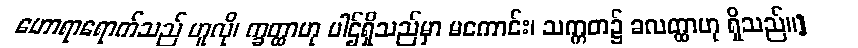
ဟောရာရောက်သည် ဟူလို၊ က္ခတ္ထာဟု ပါဌ်ရှိသည်မှာ မကောင်း၊ သက္ကတ၌ ခလတ္ထာဟု ရှိသည်။]